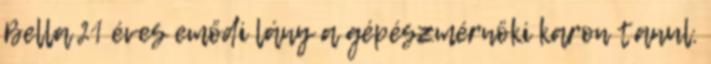
Bella 21 éves emődi lány a gépészmérnöki karon tanul.